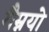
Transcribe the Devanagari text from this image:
गैम्नयो